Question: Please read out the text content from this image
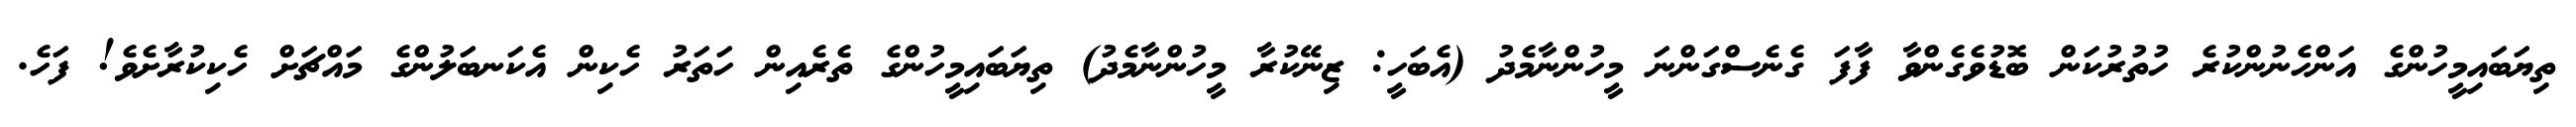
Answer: ތިޔަބައިމީހުންގެ އަންހެނުންކުރެ ހުތުރުކަން ބޮޑުވެގެންވާ ފާފަ ގެނެސްގަންނަ މީހުންނާމެދު (އެބަހީ: ޒިނޭކުރާ މީހުންނާމެދު) ތިޔަބައިމީހުންގެ ތެރެއިން ހަތަރު ހެކިން އެކަނބަލުންގެ މައްޗަށް ހެކިކުރާށެވެ! ފަހެ.